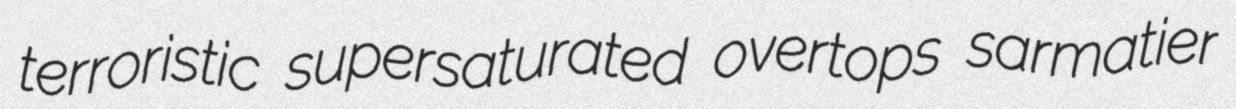
terroristic supersaturated overtops sarmatier